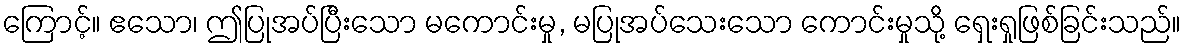
ကြောင့်။ ဧသော၊ ဤပြုအပ်ပြီးသော မကောင်းမှု, မပြုအပ်သေးသော ကောင်းမှုသို့ ရှေးရှုဖြစ်ခြင်းသည်။